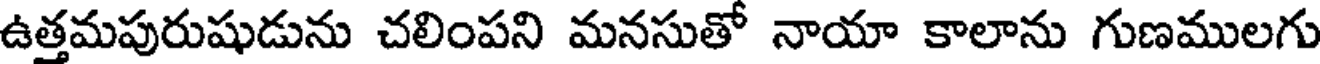
ఉత్తమపురుషుడును చలింపని మనసుతో నాయా కాలాను గుణములగు